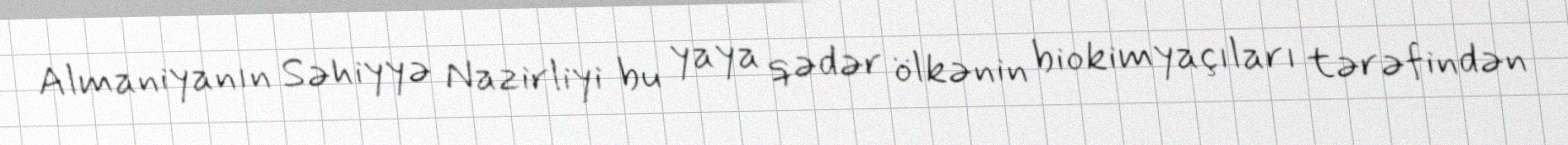
Almaniyanın Səhiyyə Nazirliyi bu yaya qədər ölkənin biokimyaçıları tərəfindən